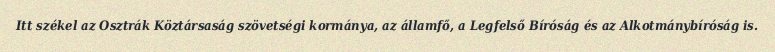
Itt székel az Osztrák Köztársaság szövetségi kormánya, az államfő, a Legfelső Bíróság és az Alkotmánybíróság is.